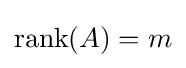
{\textrm {rank}}(A)=m